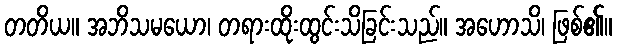
တတိယ။ အဘိသမယော၊ တရားထိုးထွင်းသိခြင်းသည်။ အဟောသိ၊ ဖြစ်၏။